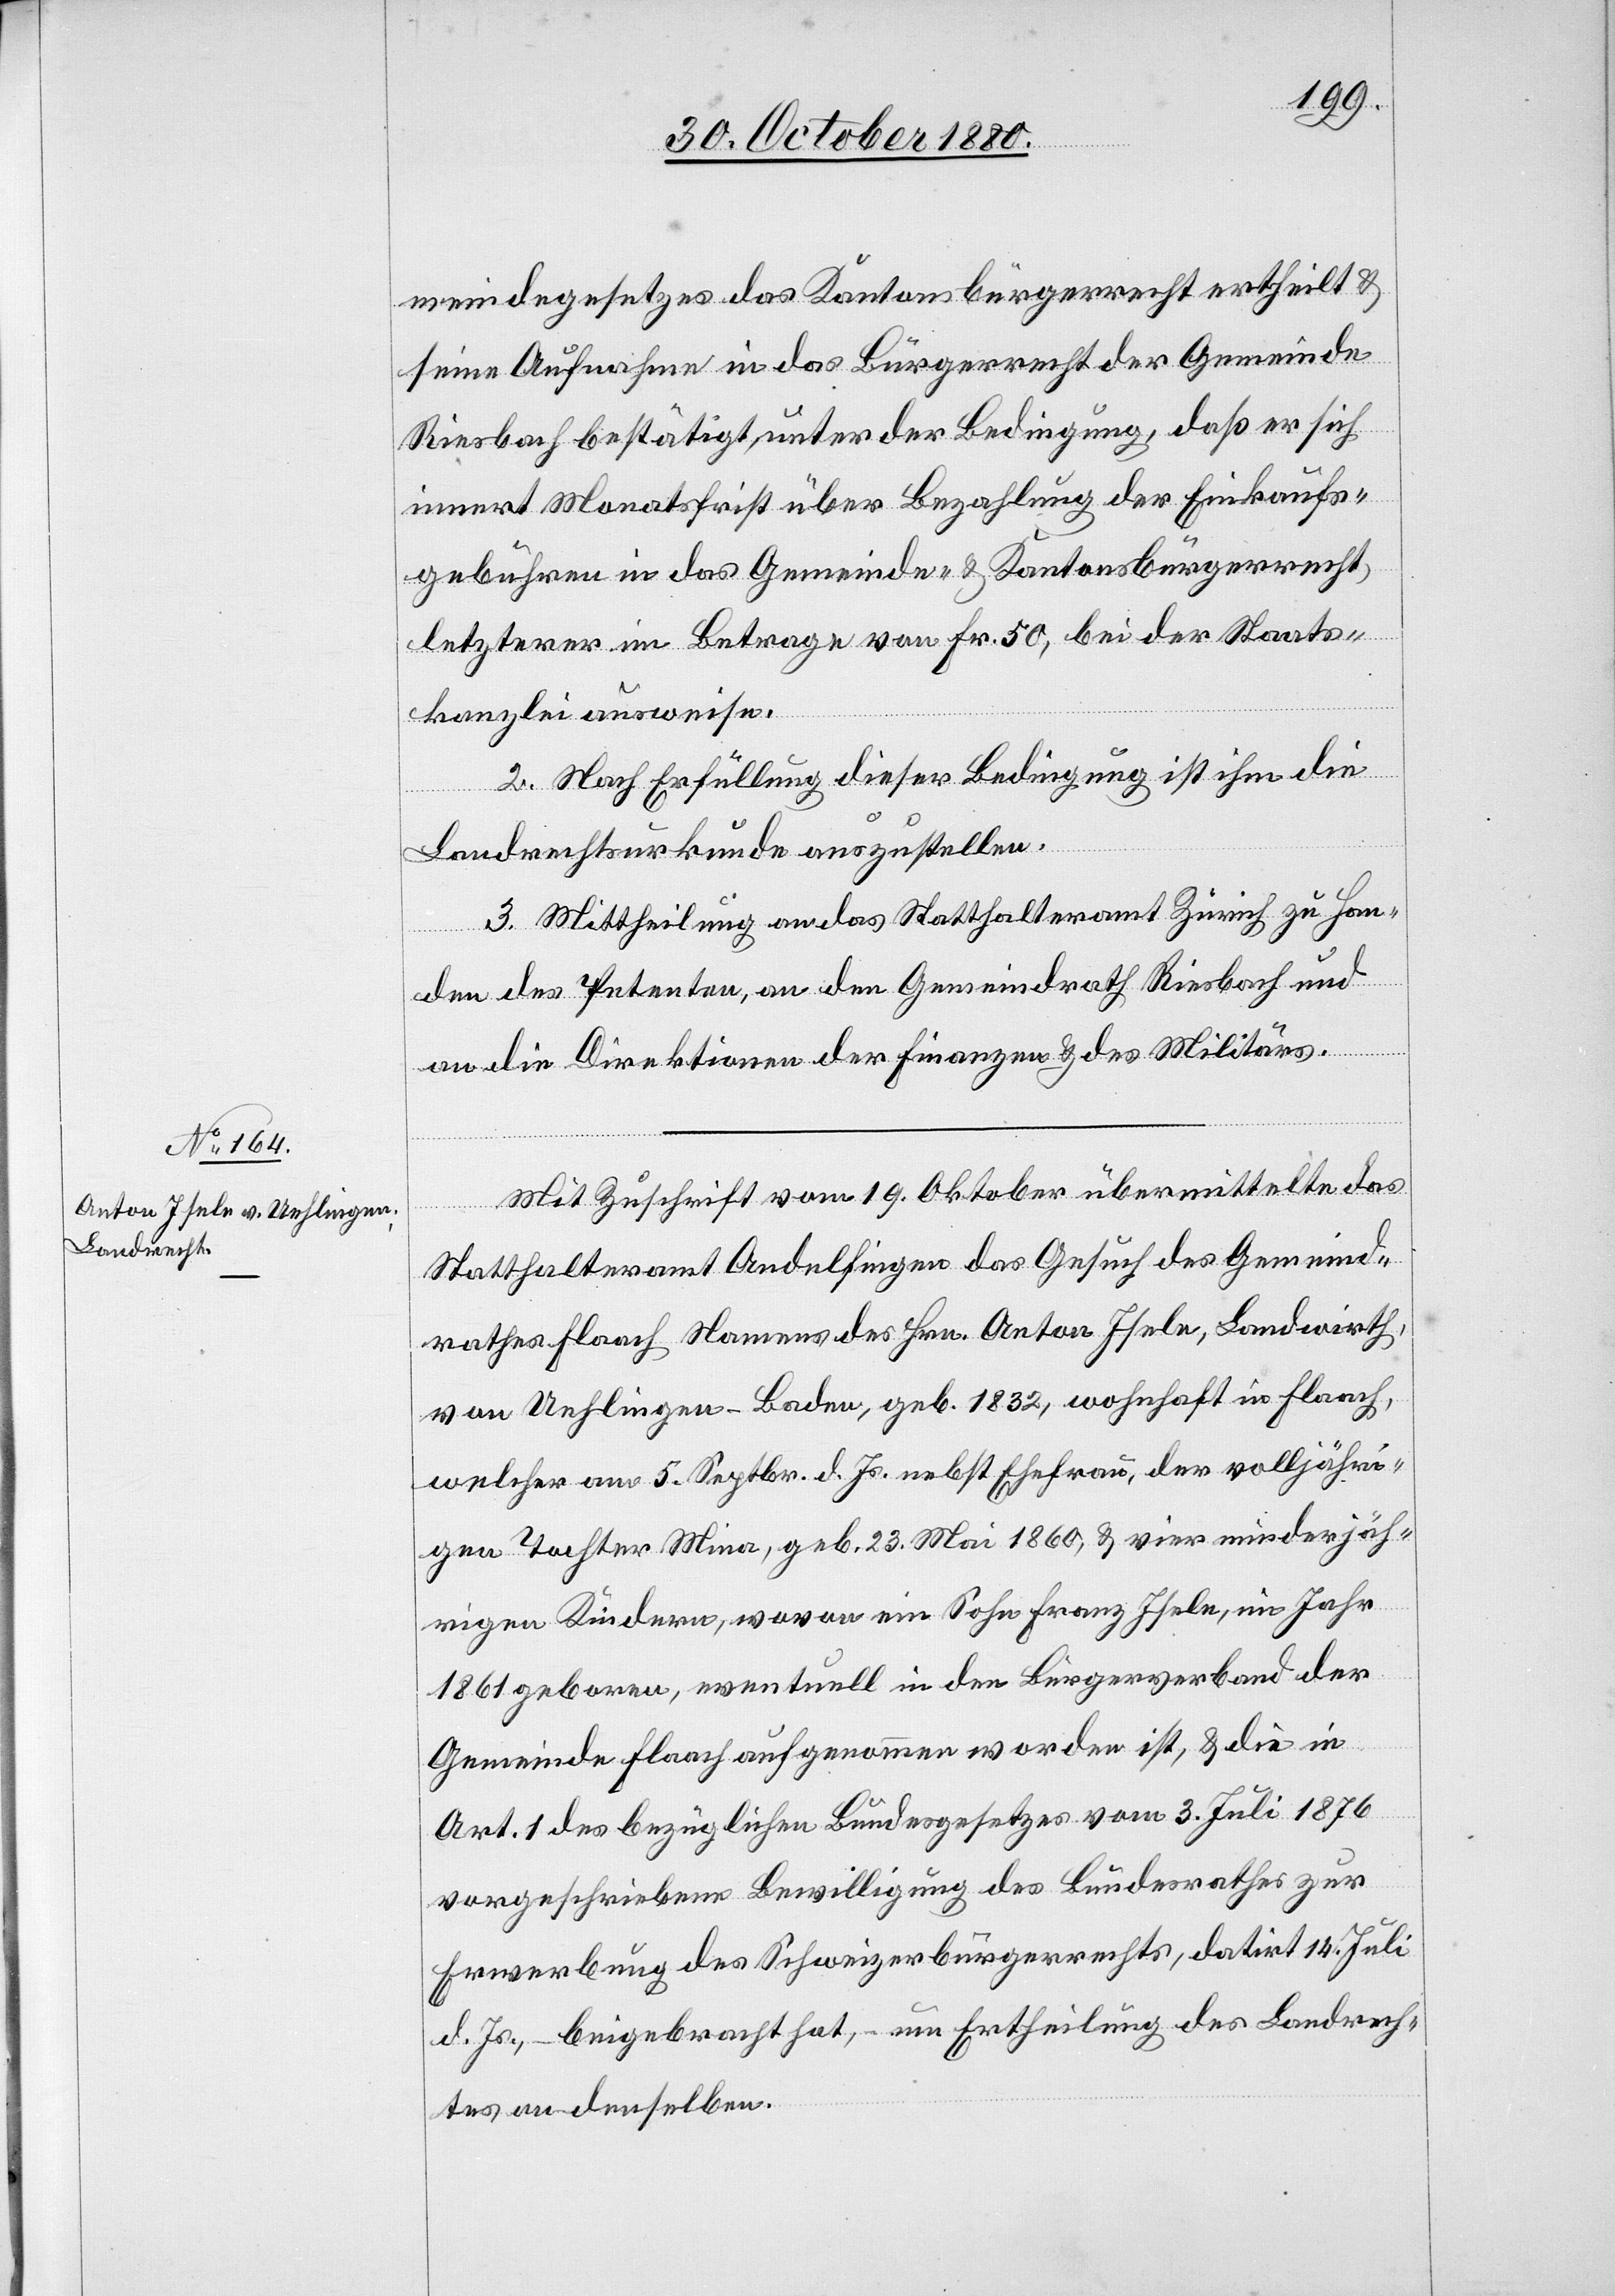
meindegesetzes das Kantonsbürgerrecht ertheilt &
seine Aufnahme in das Bürgerrecht der Gemeinde
Riesbach bestätigt unter der Bedingung, daß er sich
innert Monatsfrist über Bezahlung der Einkaufs¬
gebühren in das Gemeinde- & Kantonsbürgerrecht,
letzterer im Betrage von Fr. 50, bei der Staats¬
kanzlei ausweise.
2. Nach Erfüllung dieser Bedingung ist ihm die
Landrechtsurkunde auszustellen.
3. Mittheilung an das Statthalteramt Zürich zu Han¬
den des Petenten, an den Gemeindrath Riesbach und
an die Direktionen der Finanzen & des Militärs.
Mit Zuschrift vom 19. Oktober übermittelte das
Statthalteramt Andelfingen das Gesuch des Gemeind¬
rathes Flaach Namens des Hrn. Anton Isele, Landwirth
von Uehlingen - Baden, geb. 1832, wohnhaft in Flaach,
welcher am 5. Septbr. d. Js. nebst Ehefrau, der volljähri¬
gen Tochter Mina, geb. 23. Mai 1860, & vier minderjäh¬
rigen Kindern, wovon ein Sohn Franz Isele, im Jahr
1861 geboren, eventuell in den Bürgerverband der
Gemeinde Flaach aufgenommen worden ist, & die in
Art. 1 des bezüglichen Bundesgesetzes vom 3. Juli 1876
vorgeschriebene Bewilligung des Bundesrathes zur
Erwerbung des Schweizerbürgerrechtes, datirt 14. Juli
d. Js., – beigebracht hat, um Ertheilung des Landrech¬
tes an denselben.